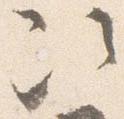
次